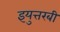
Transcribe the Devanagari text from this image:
इयुत्तरबी